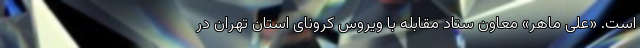
است. «علی ماهر» معاون ستاد مقابله با ویروس کرونای استان تهران در